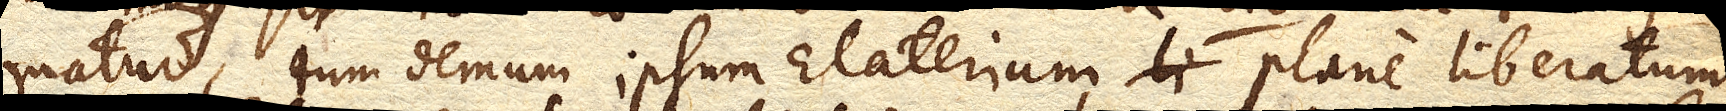
matur, tum demum ipsum Elaterium plane liberatum